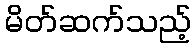
မိတ်ဆက်သည့်